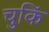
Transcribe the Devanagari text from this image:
चुकिं